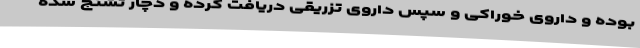
بوده و داروی خوراکی و سپس داروی تزریقی دریافت کرده و دچار تشنج شده